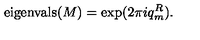
\mathrm { e i g e n v a l s } ( M ) = \exp ( 2 \pi i q _ { m } ^ { R } ) .